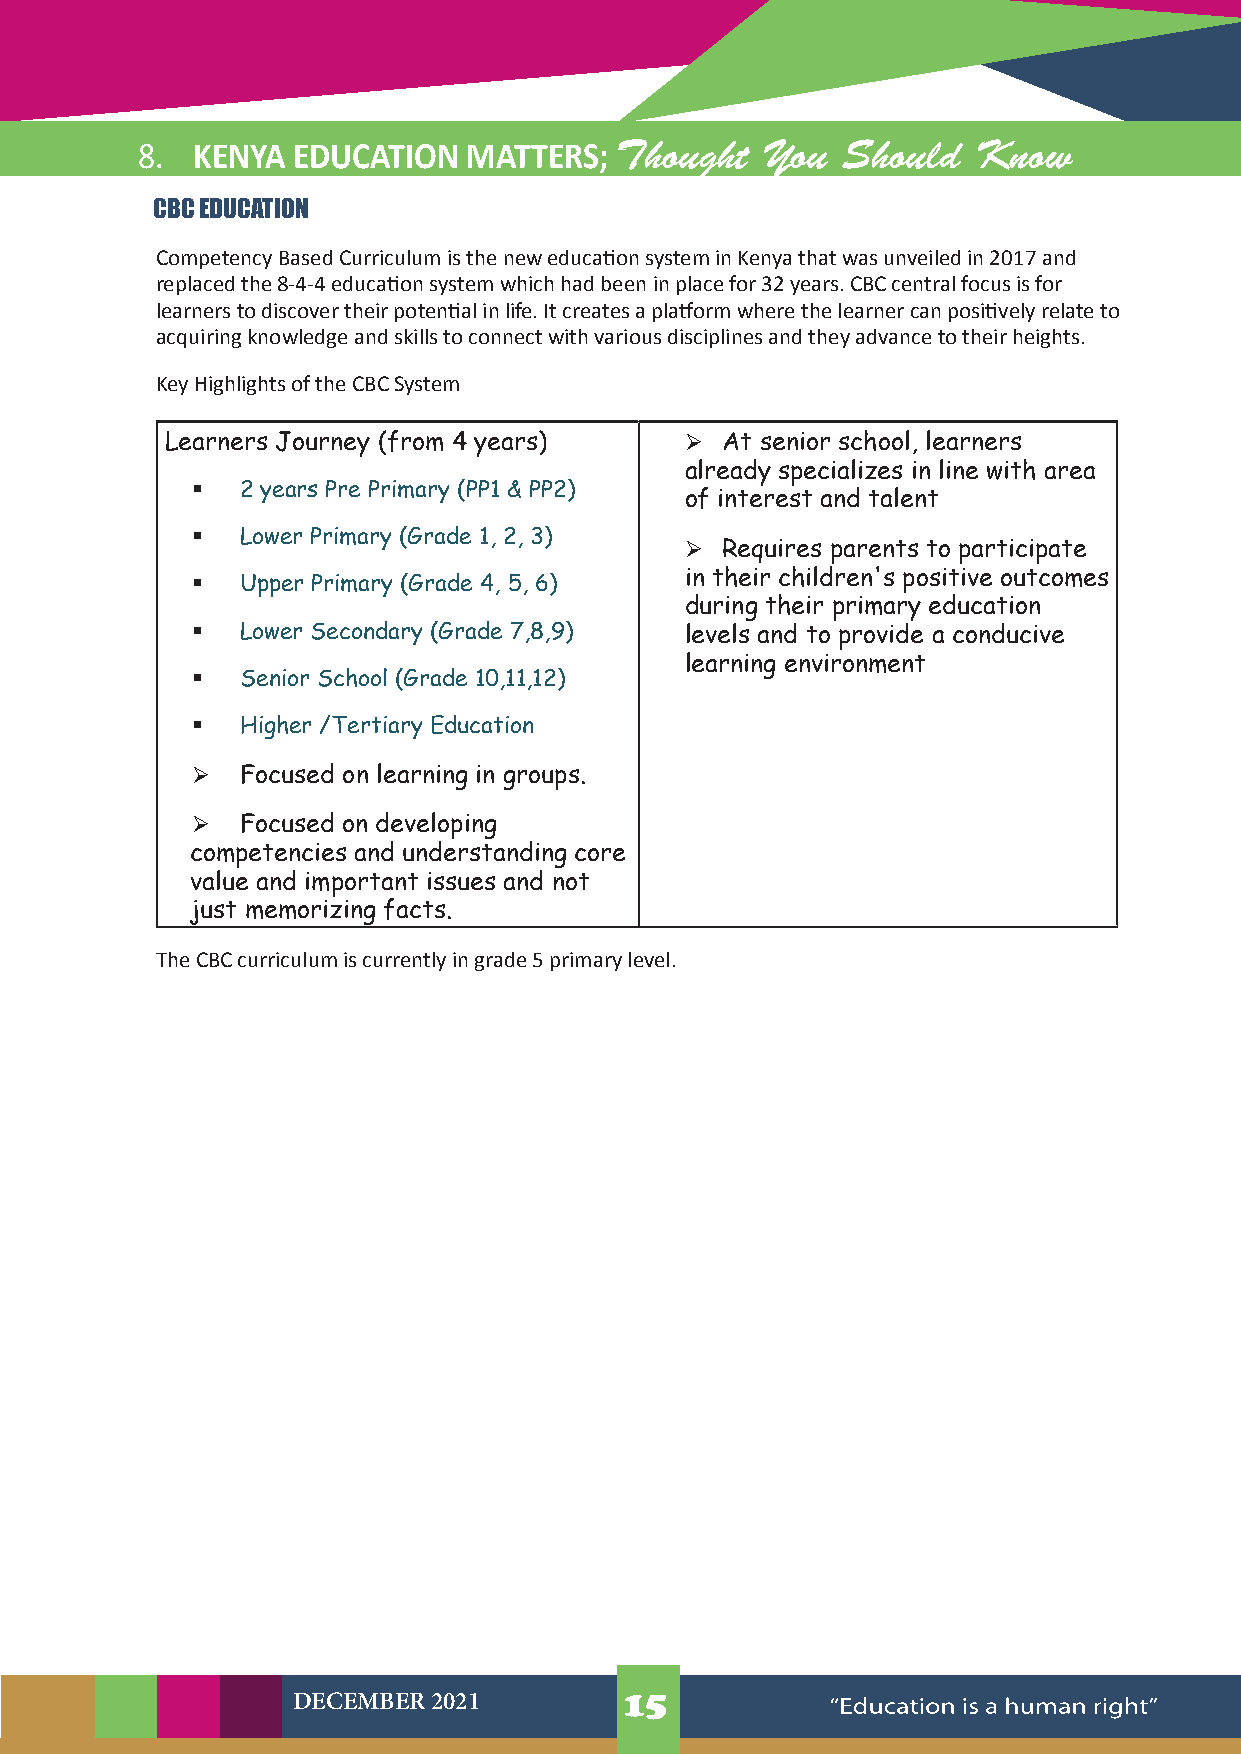
8.  KENYA EDUCATION   MATTERS;  Thought  You   Should   Know
 CBC EDUCATION
 Competency Based Curriculum is the new education system in Kenya that was unveiled in 2017 and
 replaced the 8-4-4 education system which had been in place for 32 years. CBC central focus is for
 learners to discover their potential in life. It creates a platform where the learner can positively relate to
 acquiring knowledge and skills to connect with various disciplines and they advance to their heights.
 Key Highlights of the CBC System
 Learners Journey (from 4 years)     At senior school, learners
 already specializes in line with area
   2 years Pre Primary (PP1 & PP2)
 of interest and talent
   Lower Primary (Grade 1, 2, 3)
   Requires parents to participate
   Upper Primary (Grade 4, 5, 6) in their children's positive outcomes
 during their primary education
   Lower Secondary (Grade 7,8,9) levels and to provide a conducive
 learning environment
   Senior School (Grade 10,11,12)
   Higher /Tertiary Education
   Focused on learning in groups.
   Focused on developing
 competencies and understanding core
 value and important issues and not
 just memorizing facts.
 The CBC curriculum is currently in grade 5 primary level.
 DECEMBER 2021         15